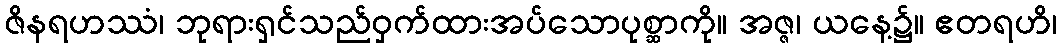
ဇိနရဟဿံ၊ ဘုရားရှင်သည်ဝှက်ထားအပ်သောပုစ္ဆာကို။ အဇ္ဇ၊ ယနေ့၌။ ဧတရဟိ၊